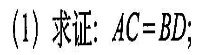
（1）求证：AC=BD；